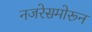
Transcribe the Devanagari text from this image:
नजरेसमोरून